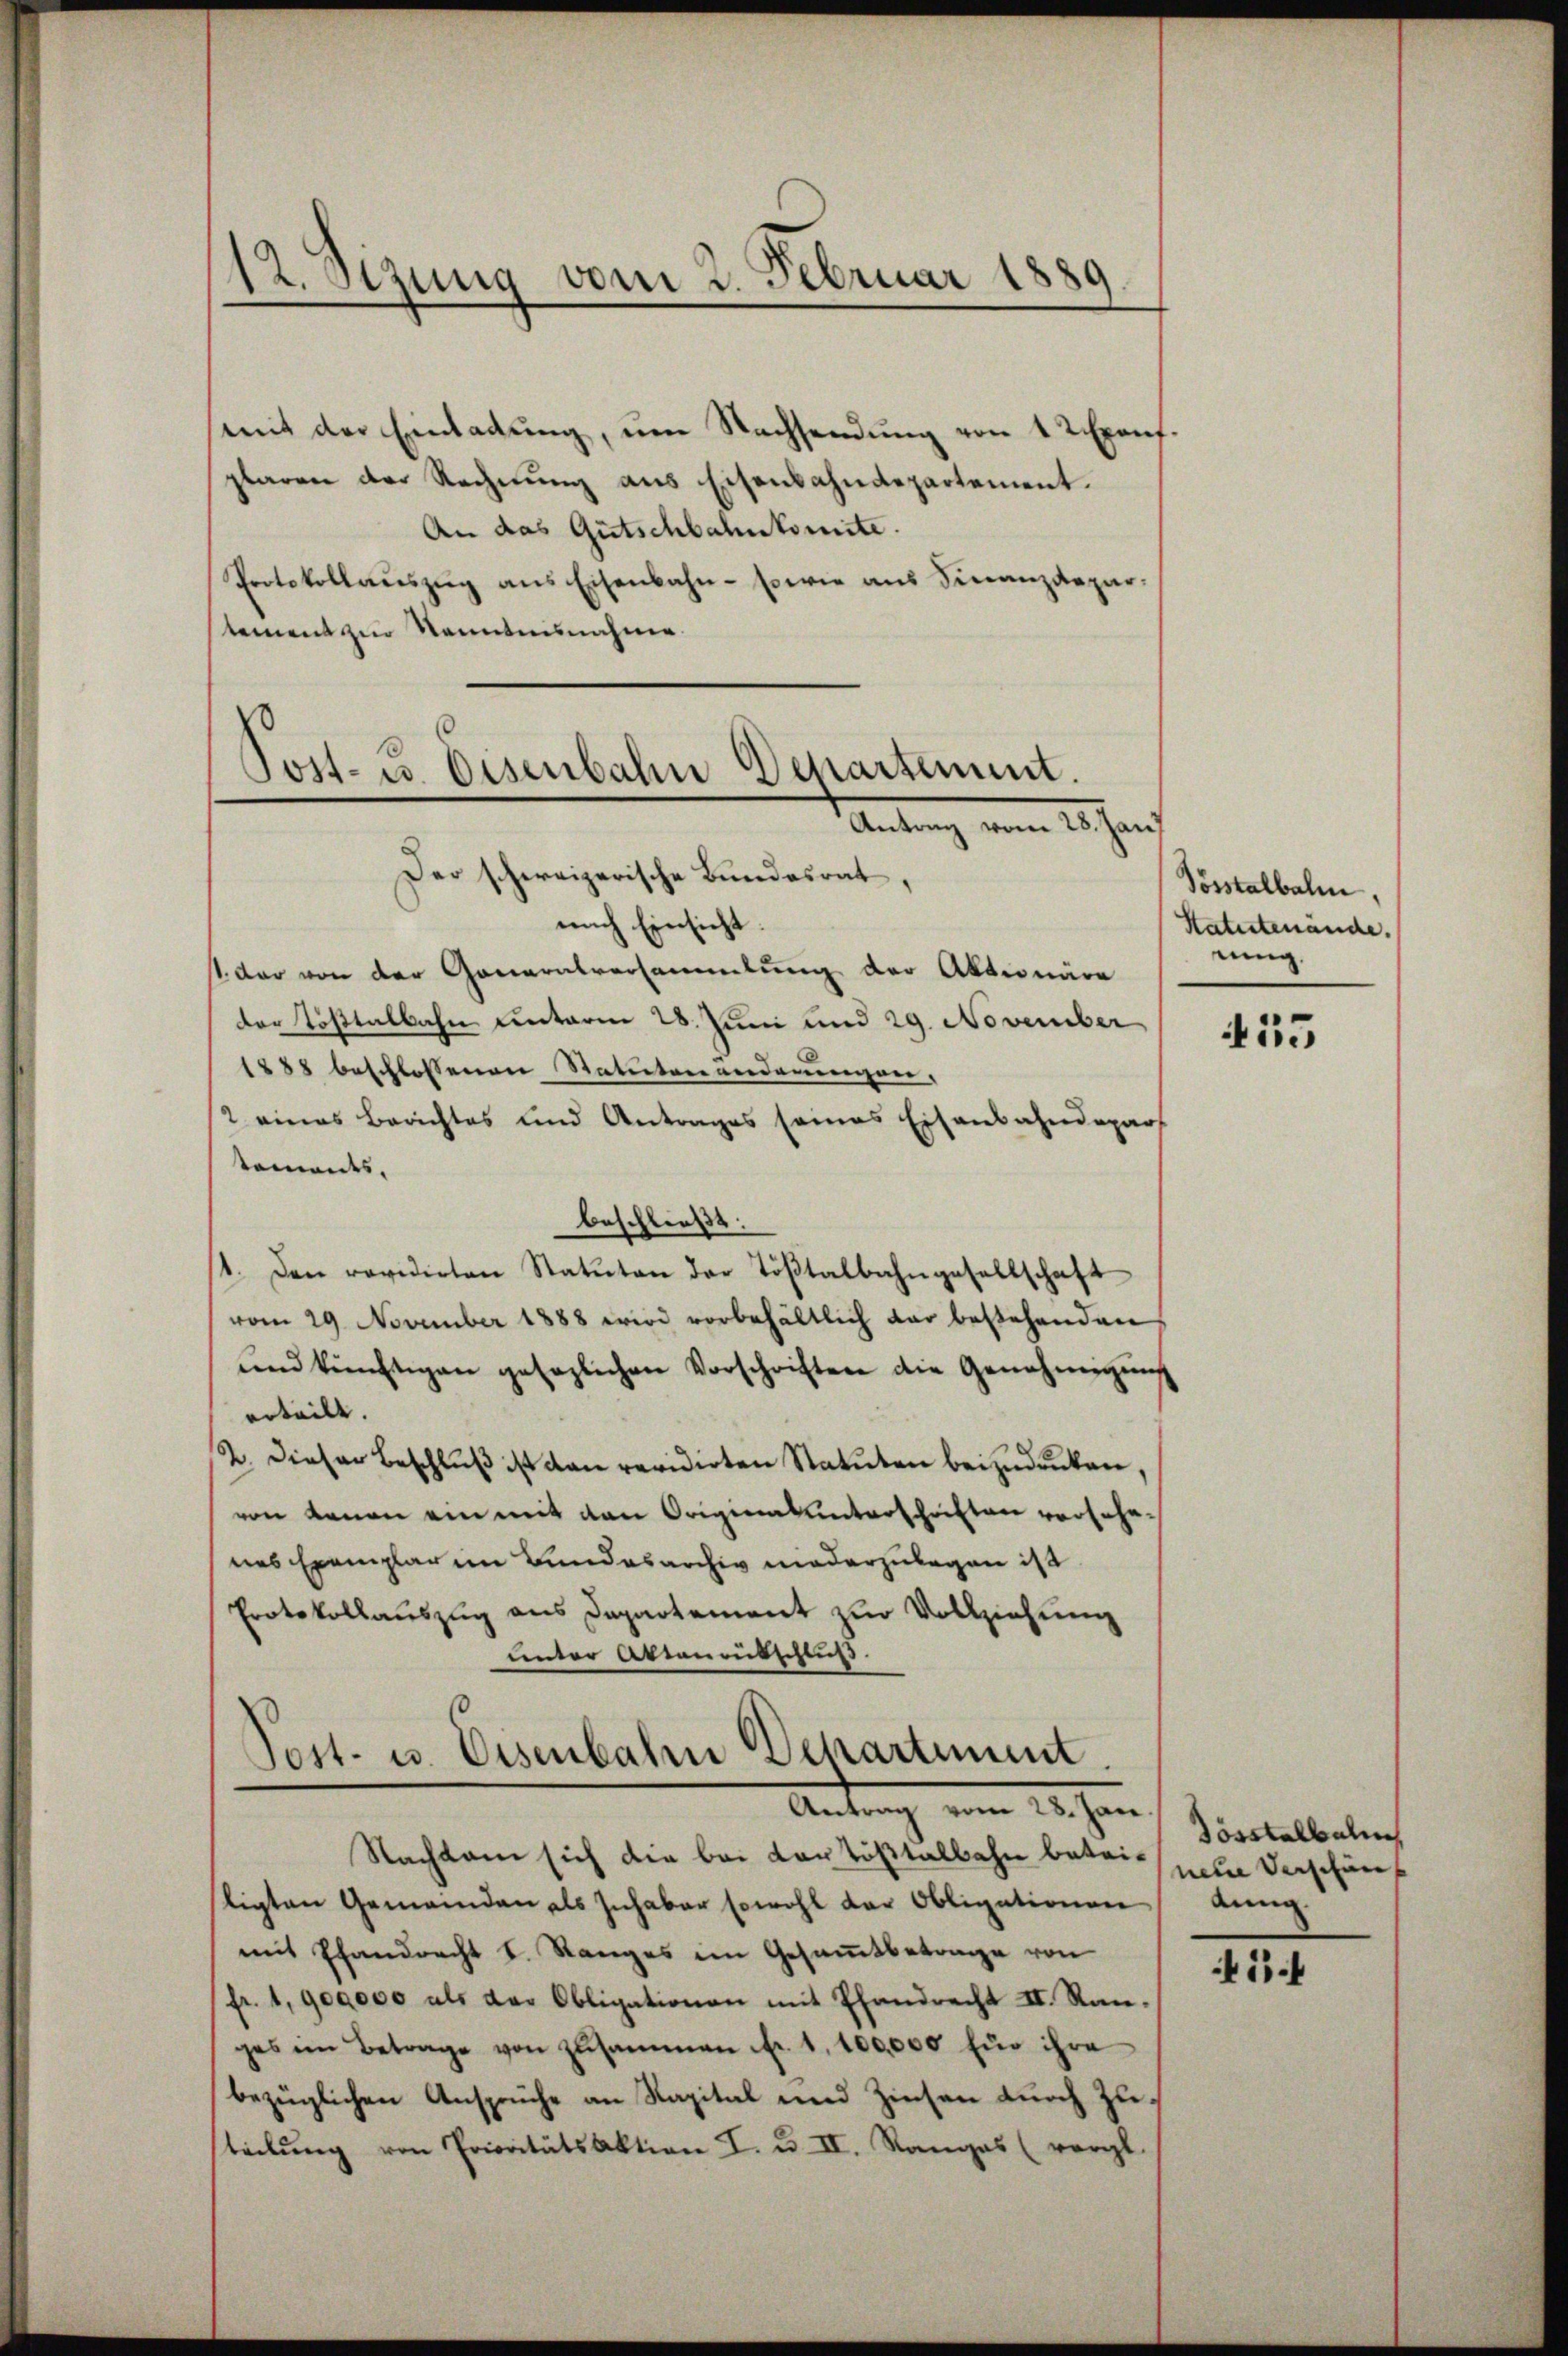
mit der Einladŭng, um Nachsendŭng von 12 Exonf.
plaren der Rechnung aus Eisenbahndepartement.
An das Gutschbahnkomite.
Protokollaŭszŭg ans Eisenbahn - sowie aus Finanzdepartement zur Kenntnisnahme.

12. Stzung vom 2. Februar 1889

Tost- u. Eisenbahn Departement.
Antrag vom 28. Jans
Der schweizerische Bundesrat,

nach Einsicht.
t der von der Generalversammlung der Aktionire
der Tößtalbahn unterm 28. Juni und 29. November
1888 beschlossenen Statuten anderungen,
2 eines Berichtes und Antrages seines Eisenbahndepart
toments.
beschließt:
1. Den revidirten Statuten der Töβtalbahngesellschaft
vom 29. November 1888 wird vorbehältlich dar bestehenden
ŭnd künftigen gesezlichen Vorschriften die Genehmigŭng
erteilt. |
2. Dieser Beschluß ist dan revidirten Statuten beizudrücken,
von Kanon ein mit den Originalunterschriften verfahrnes Exemplar in Bundesarchiv niederzulegen ist.
Protokollauszug aus Departement zur Vollziehung
unter Attenentschluß.

Post- u. Eisenbahn Departiment
Antrag vom 28. Jan

Nachkam sich die bei dartößtalbahn beteiligten Gemeinden als Inhaber sowohl der Obligationen
mit Pfandrecht I. Ranges im Gesammtbetrage von
fr. 1,900000 als der Obligationen mit Pfandrecht II. Rauges im Betrage von zusammen fr. 1. 100,000 für ihre
bezüglichen Ansprüche an Kapital und Zinsen durch Zuteilŭng von Prioritätsaktion I. u. II. Ranges (vorgt.

Pösstelbahn.
Statutenände.
nung.

415

Tösstelbahn
neue Verschen
dung

i